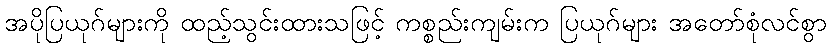
အပိုပြယုဂ်များကို ထည့်သွင်းထားသဖြင့် ကစ္စည်းကျမ်းက ပြယုဂ်များ အတော်စုံလင်စွာ